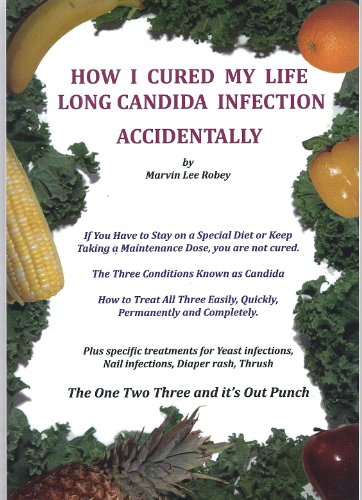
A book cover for How I Cured My Life Long Candida Infection Accidentally; Marvin Lee Robey; Health, Fitness & Dieting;